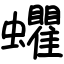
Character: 蠷